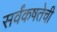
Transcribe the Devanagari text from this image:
सर्वंकषतेची